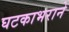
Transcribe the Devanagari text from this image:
घटकाभराने